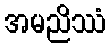
အမညိဿံ